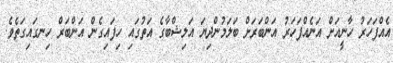
އެއްފަހަރު ހާނީއަށް އަނެއްފަހަރު އަންބަރަށް ބަލަމުންދިޔަ އަލިޝްބާގެ އަތުގައި ހިފައިގެން އަންބަރް ހިނގައިގަތެވެ.